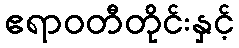
ဧရာဝတီတိုင်းနှင့်